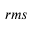
_ { r m s }